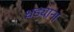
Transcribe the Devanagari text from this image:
धड्याना